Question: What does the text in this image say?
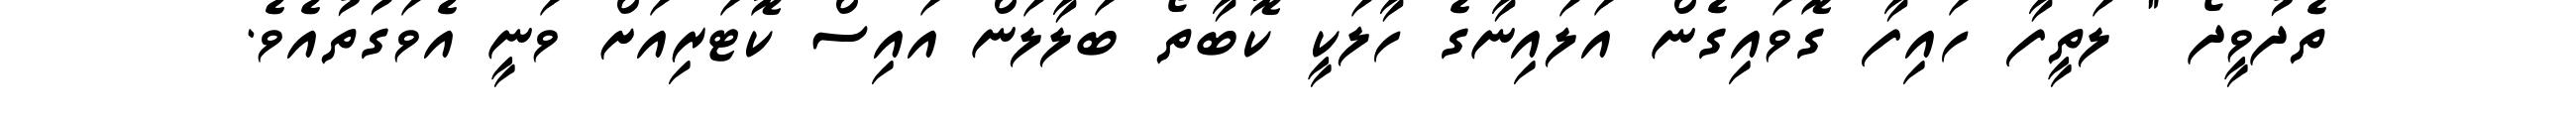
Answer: ތެދުވީދޯ " ލަތީފާ ހައިފާ ގޮވައިގެން އަލައިނާގެ ހާލަކީ ކޮބާތޯ ބަލާލަން އައިސް ކޮޓަރިއަށް ވަނީ އެވަގުތުއެވެ.